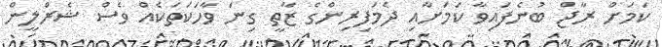
ކަމަށް ރާޖް ބުނެފައިވާ ކަމަށާއި ދެމަފިރިންގެ ޒާތީ ގިނަ ވާހަކަތަކެއް ވެސް ޝެރްލީން